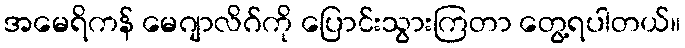
အမေရိကန် မေဂျာလိဂ်ကို ပြောင်းသွားကြတာ တွေ့ရပါတယ်။